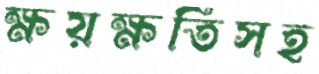
ক্ষয়ক্ষতিসহ